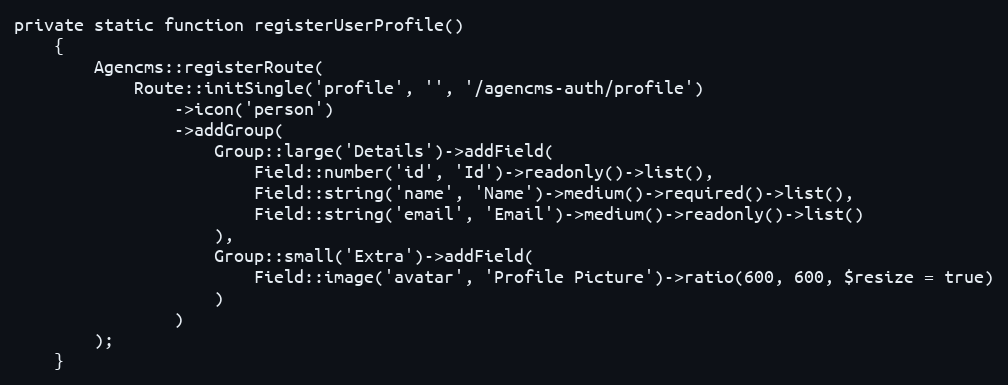
Language: PHP
private static function registerUserProfile()
    {
        Agencms::registerRoute(
            Route::initSingle('profile', '', '/agencms-auth/profile')
                ->icon('person')
                ->addGroup(
                    Group::large('Details')->addField(
                        Field::number('id', 'Id')->readonly()->list(),
                        Field::string('name', 'Name')->medium()->required()->list(),
                        Field::string('email', 'Email')->medium()->readonly()->list()
                    ),
                    Group::small('Extra')->addField(
                        Field::image('avatar', 'Profile Picture')->ratio(600, 600, $resize = true)
                    )
                )
        );
    }